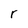
Character: r